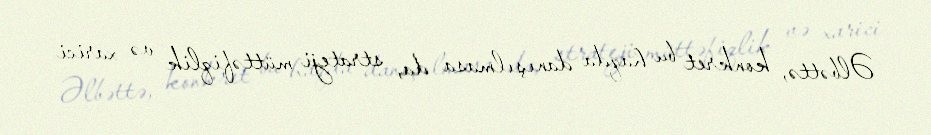
Əlbəttə, konkret bu haqda danışılmasa da, strateji müttəfiqlik və xarici